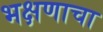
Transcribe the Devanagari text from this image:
भक्षणाचा